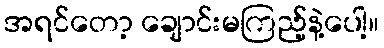
အရင်တော့ ချောင်းမကြည့်နဲ့ပေါ့။